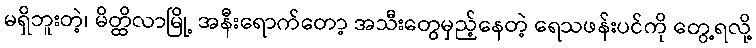
မရှိဘူးတဲ့၊ မိတ္ထိလာမြို့ အနီးရောက်တော့ အသီးတွေမှည့်နေတဲ့ ရေသဖန်းပင်ကို တွေ့ရလို့